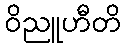
ဝိညူဟီတိ